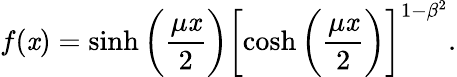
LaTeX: f(\mathit{x})=\sinh{\biggl(\frac{{\mu\mathit{x}}}{{2}}\biggr)}\biggl[\cosh{\biggl(\frac{{\mu\mathit{x}}}{{2}}\biggr)}\biggr]^{1-\beta^{2}}.